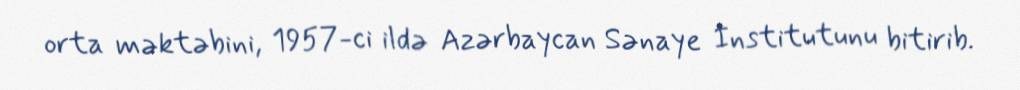
orta məktəbini, 1957-ci ildə Azərbaycan Sənaye İnstitutunu bitirib.